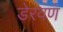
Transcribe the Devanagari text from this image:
डेरवण